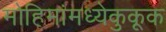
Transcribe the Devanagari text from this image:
मोहिमांमध्येकुकूक